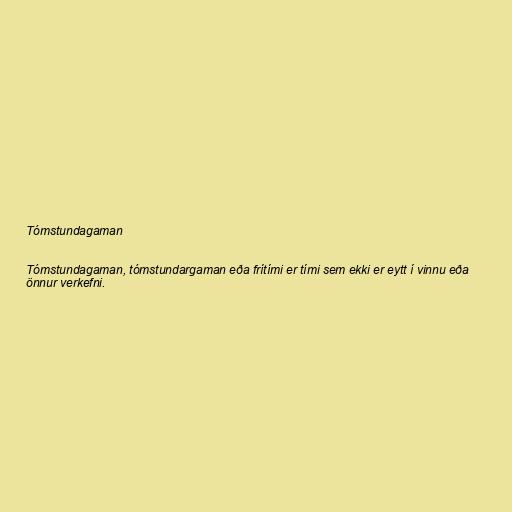
Tómstundagaman

Tómstundagaman, tómstundargaman eða frítími er tími sem ekki er eytt í vinnu eða
önnur verkefni.